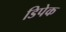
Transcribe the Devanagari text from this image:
डिपेक